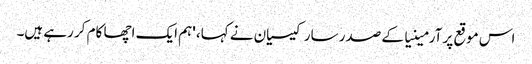
اس موقع پر آرمینیا کے صدر سارکیسیان نے کہا، 'ہم ایک اچھا کام کر رہے ہیں۔